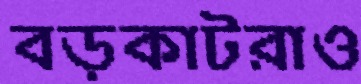
বড়কাটরাও